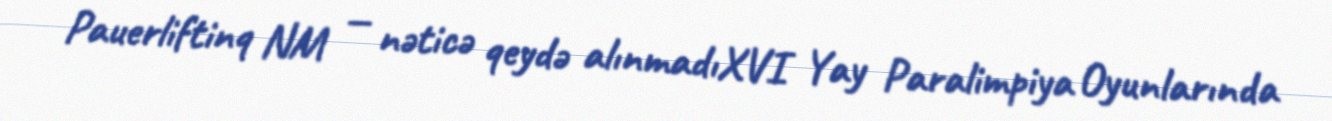
Pauerliftinq NM — nəticə qeydə alınmadıXVI Yay Paralimpiya Oyunlarında